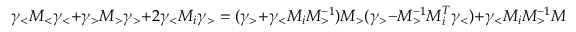
{ \gamma } _ { < } M _ { < } \gamma _ { < } + { \gamma } _ { > } M _ { > } \gamma _ { > } + 2 { \gamma } _ { < } M _ { i } \gamma _ { > } = ( { \gamma } _ { > } + { \gamma } _ { < } M _ { i } M _ { > } ^ { - 1 } ) M _ { > } ( { \gamma } _ { > } - M _ { > } ^ { - 1 } M _ { i } ^ { T } { \gamma } _ { < } ) + { \gamma } _ { < } M _ { i } M _ { > } ^ { - 1 } M _ { i } ^ { T } \gamma _ { < } + { \gamma } _ { < } M _ { < } \gamma _ { < } ,